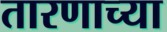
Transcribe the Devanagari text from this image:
तारणाच्या